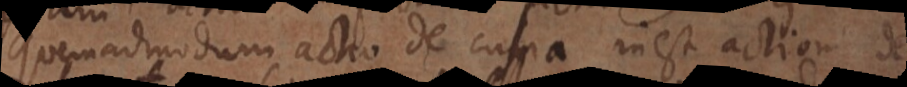
quemadmodum actio de culpa inest actioni de